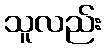
သူလည်း